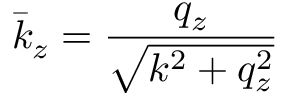
\bar { k } _ { z } = \frac { q _ { z } } { \sqrt { k ^ { 2 } + q _ { z } ^ { 2 } } }